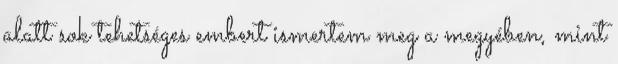
alatt sok tehetséges embert ismertem meg a megyében, mint